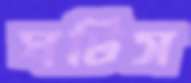
ঘটিস